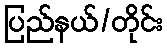
ပြည်နယ်/တိုင်း